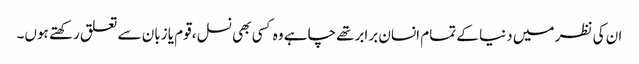
ان کی نظر میں دنیا کے تمام انسان برابرتھے چاہے وہ کسی بھی نسل ،قوم یا زبان سے تعلق رکھتے ہوں۔